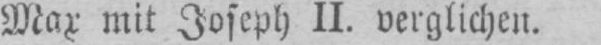
Max mit Joseph II. verglichen.